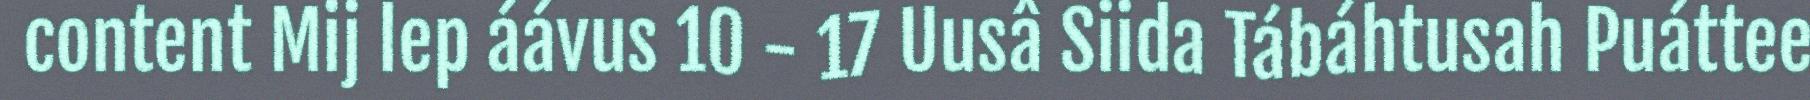
content Mij lep áávus 10 - 17 Uusâ Siida Tábáhtusah Puáttee